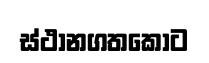
ස්ථානගතකොට